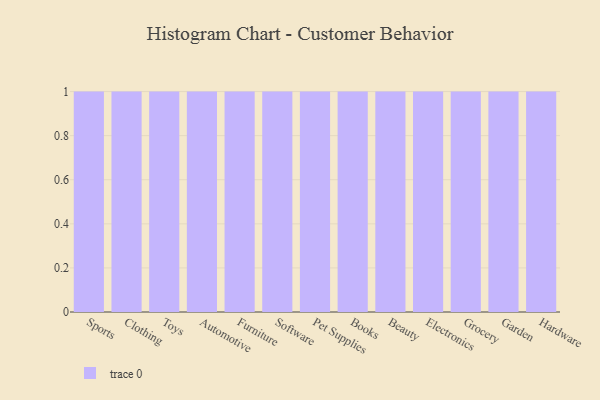
{"axis": {"x": "Category", "y": "Revenue (USD Million)"}, "legend": [""], "data": [{"x": "Sports", "y": 85, "type": ""}, {"x": "Clothing", "y": 95, "type": ""}, {"x": "Toys", "y": 58, "type": ""}, {"x": "Automotive", "y": 71, "type": ""}, {"x": "Furniture", "y": 33, "type": ""}, {"x": "Software", "y": 99, "type": ""}, {"x": "Pet Supplies", "y": 75, "type": ""}, {"x": "Books", "y": 32, "type": ""}, {"x": "Beauty", "y": 13, "type": ""}, {"x": "Electronics", "y": 44, "type": ""}, {"x": "Grocery", "y": 17, "type": ""}, {"x": "Garden", "y": 31, "type": ""}, {"x": "Hardware", "y": 15, "type": ""}]}